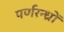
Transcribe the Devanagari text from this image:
पर्णरन्ध्रों